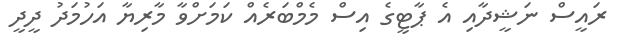
ރައީސް ނަޝީދާއި އެ ޕާޓީގެ އިސް މެމްބަރެއް ކަމަށްވާ މާރިޔާ އަހުމަދު ދީދީ